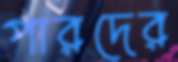
পারদের